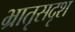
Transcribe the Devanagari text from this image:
भ्रातृसदृश